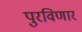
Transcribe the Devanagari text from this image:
पुरविणार